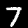
Digit: 7